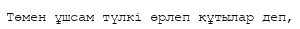
Төмен ұшсам түлкі өрлеп құтылар деп,